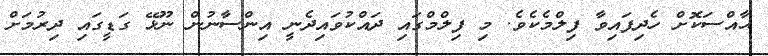
ޙާއްސަކޮށް ހެދިފައިވާ ފިލްމެކެވެ. މި ފިލްމްގައި ދައްކުވައިދެނީ އިންސާނުން ނޫޅޭ ގަޑީގައި ދިރުމަށް